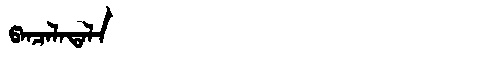
Manchu: ᡦᠠᠨᠴᠠᠯᠠᡨᠠᠯᠠ
Romanization: PANCALATALA